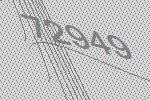
72949